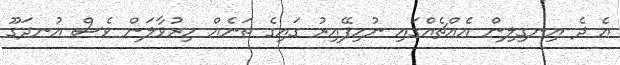
އެ ދެ އިނގިލިން އެއްޗެއްގައި ނުހިފޭއިރު ގައިގެ ތަނެއް ހިރުވާލަން ވެސް އުނދަގޫ